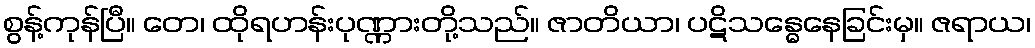
စွန့်ကုန်ပြီ။ တေ၊ ထိုရဟန်းပုဏ္ဏားတို့သည်။ ဇာတိယာ၊ ပဋိသန္ဓေနေခြင်းမှ။ ဇရာယ၊